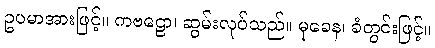
ဥပမာအားဖြင့်။ ကဗဠော၊ ဆွမ်းလုပ်သည်။ မုခေန၊ ခံတွင်းဖြင့်။